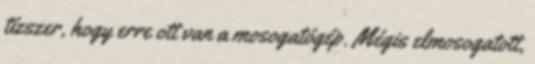
tízszer, hogy erre ott van a mosogatógép. Mégis elmosogatott,